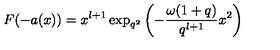
F ( - a ( x ) ) = x ^ { l + 1 } \exp _ { q ^ { 2 } } \left( - \frac { \omega ( 1 + q ) } { q ^ { l + 1 } } x ^ { 2 } \right)